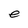
Character: e